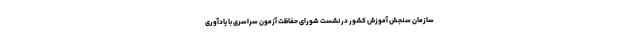
سازمان سنجش آموزش کشور در نشست شورای حفاظت آزمون سراسری با یادآوری